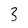
Character: 3